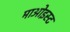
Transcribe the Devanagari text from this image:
माओइस्ट